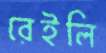
রেইলি